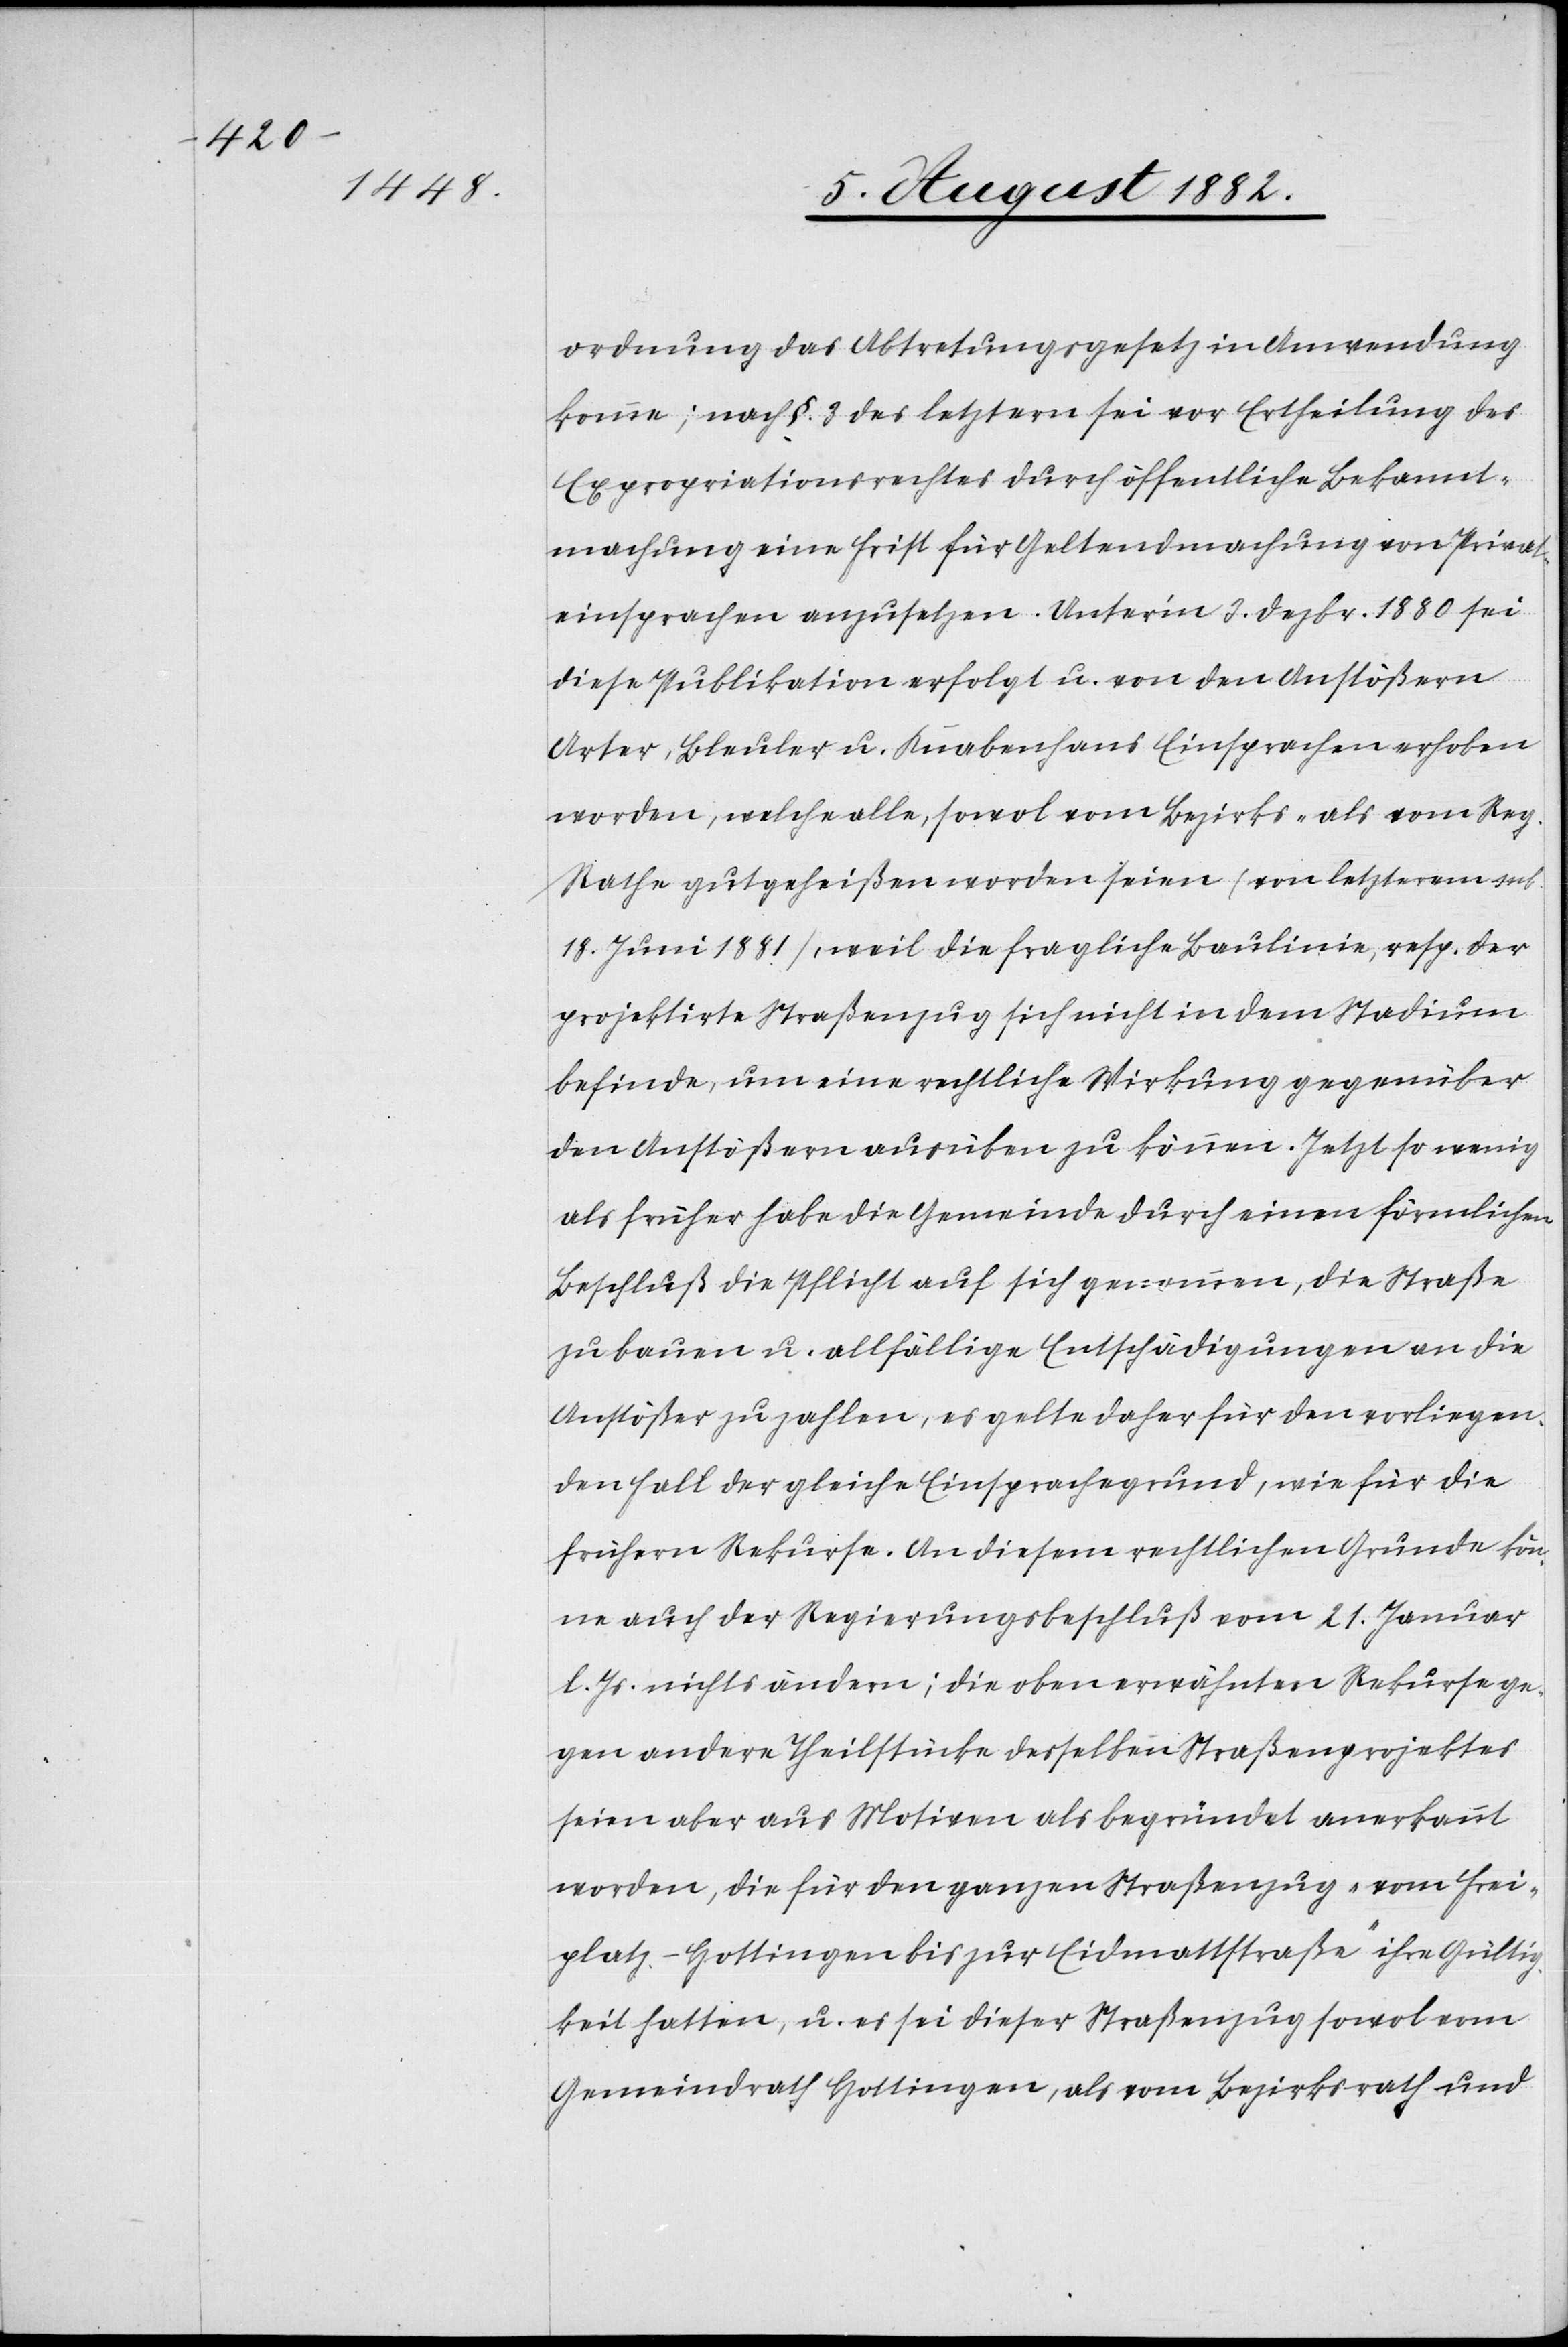
ordnung das Abtretungsgesetz in Anwendung
komme; nach §. 3 des letztern sei vor Ertheilung des
Expropriationsrechtes durch öffentliche Bekannt¬
machung eine Frist für Geltendmachung von Privat¬
einsprachen anzusetzen. Unter’m 3. Dezbr. 1880 sei
diese Publikation erfolgt u. von den Anstößern
Arter, Bleuler u. Knabenhans Einsprachen erhoben
worden, welche alle, sowol vom Bezirks- als vom Reg.
Rathe gutgeheißen worden seien (von letzterem sub.
18. Juni 1881), weil die fragliche Baulinie resp. der
projektirte Straßenzug sich nicht in dem Stadium
befinde, um eine rechtliche Wirkung gegenüber
den Anstößern ausüben zu können. Jetzt so wenig
als früher habe die Gemeinde durch einen förmlichen
Beschluß die Pflicht auf sich genommen, die Straße
zu bauen u. allfällige Entschädigungen an die
Anstößer zu zahlen, es gelte daher für den vorliegen¬
den Fall der gleiche Einsprachegrund, wie für die
frühern Rekurse. An diesem rechtlichen Grunde kön¬
ne auch der Regierungsbeschluß vom 21. Januar
l. Js. nichts ändern; die oben erwähnten Rekurse ge¬
gen andere Theilstücke desselben Straßenprojektes
seine aber aus Motiven als begründet anerkannt
worden, die für den ganzen Straßenzug „vom Frei¬
platz - Hottingen bis zur Eidmassstraße“ ihre Gültig¬
keit hatten, u. es sei dieser Straßenzug sowol vom
Gemeindrath Hottingen als vom Bezirksrath und